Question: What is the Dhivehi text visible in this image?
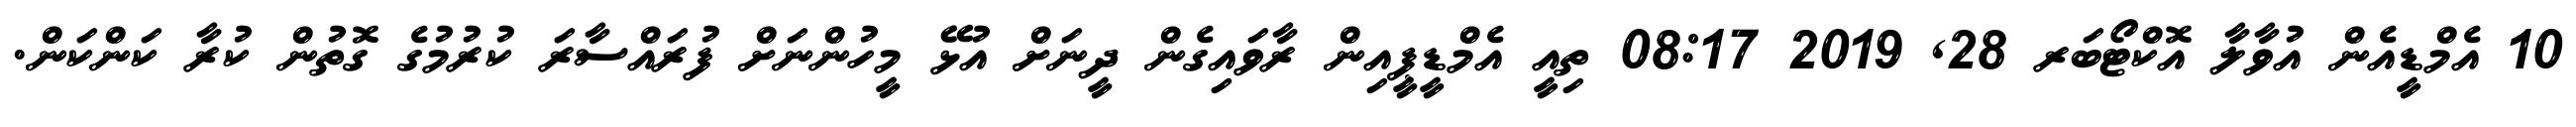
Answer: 10 އެމްޑީއެން އުވާލާ އޮކްޓޯބަރ 28, 2019 08:17 ތިއީ އެމްޑީޕީއިން ރާވައިގެން ދީނަށް އުޅޭ މީހުންނަށް ފުރައްސާރަ ކުރުމުގެ ގޮތުން ކުރާ ކަންކަން.